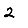
Digit: 2